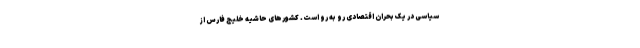
سیاسی در یک بحران اقتصادی رو به رو است. کشورهای حاشیه خلیج فارس از